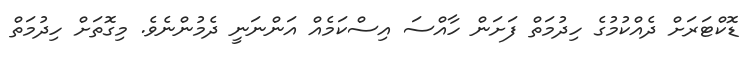
ޑޮކްޓަރަށް ދެއްކުމުގެ ހިދުމަތް ފަށަން ހާއްސަ އިސްކަމެއް އަންނަނީ ދެމުންނެވެ. މިގޮތަށް ހިދުމަތް